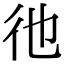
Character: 彵